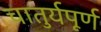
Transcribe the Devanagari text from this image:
चातुर्यपूर्ण